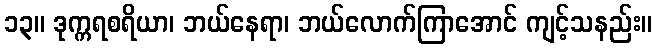
၁၃။ ဒုက္ကရစရိယာ၊ ဘယ်နေရာ၊ ဘယ်လောက်ကြာအောင် ကျင့်သနည်း။